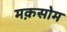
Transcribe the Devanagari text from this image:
मक़सोम